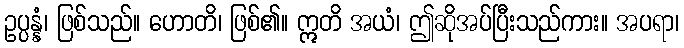
ဥပ္ပန္နံ၊ ဖြစ်သည်။ ဟောတိ၊ ဖြစ်၏။ ဣတိ အယံ၊ ဤဆိုအပ်ပြီးသည်ကား။ အပရာ၊